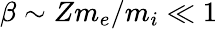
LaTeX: \beta\sim Zm_{e}/m_{i}\ll 1